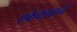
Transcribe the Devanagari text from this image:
एकेकाळचं